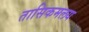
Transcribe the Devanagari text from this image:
तासिकमलय